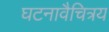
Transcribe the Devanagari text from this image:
घटनावैचित्रय